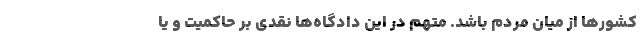
کشورها از میان مردم باشد. متهم در این دادگاه‌ها نقدی بر حاکمیت و یا